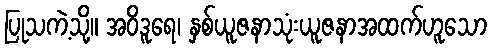
ပြုသကဲ့သို့။ အဝိဒူရေ၊ နှစ်ယူဇနာသုံးယူဇနာအထက်ဟူသော